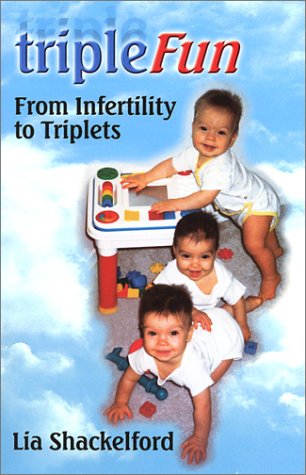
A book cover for TripleFun: From Infertility to Triplets; Lia Shackelford; Parenting & Relationships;